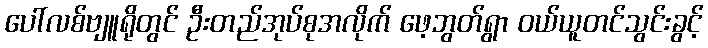
ပေါ်လစ်ဗျူရိုတွင် ဦးတည်အုပ်စုအလိုက် ဖေ့ဘွတ်ရွာ ဝယ်ယူတင်သွင်းခွင့်